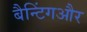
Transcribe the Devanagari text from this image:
बैन्टिंगऔर